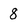
Character: 8